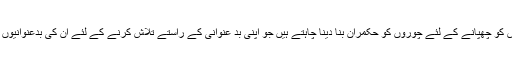
وہ جو اپنی چوری کی خواہش کو چھپانے کے لئے چوروں کو حکمران بنا دینا چاہتے ہیں جو اپنی بد عنوانی کے راستے تلاش کرنے کے لئے ان کی بدعنوانیوں سے صرف نظر کرتے ہیں۔